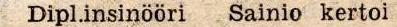
Dipl.insinoöri Sainio kertoi